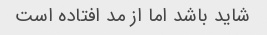
شاید باشد اما از مد افتاده است